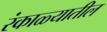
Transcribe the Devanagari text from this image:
रंकाळ्यातील